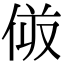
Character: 𠈼